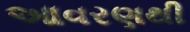
આવરણથી